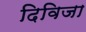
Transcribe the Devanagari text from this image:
दिविजा